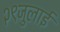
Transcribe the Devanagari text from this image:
२९जुलाई